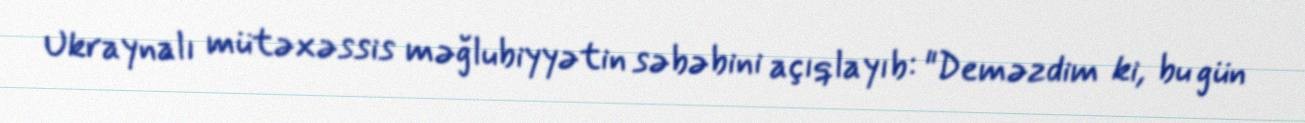
Ukraynalı mütəxəssis məğlubiyyətin səbəbini açıqlayıb: "Deməzdim ki, bu gün